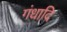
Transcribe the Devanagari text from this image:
गंधादि